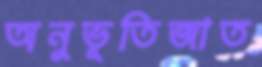
অনুভূতিজাত